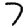
Digit: 7